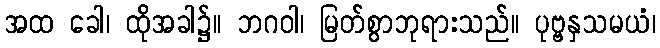
အထ ခေါ၊ ထိုအခါ၌။ ဘဂဝါ၊ မြတ်စွာဘုရားသည်။ ပုဗ္ဗနှသမယံ၊